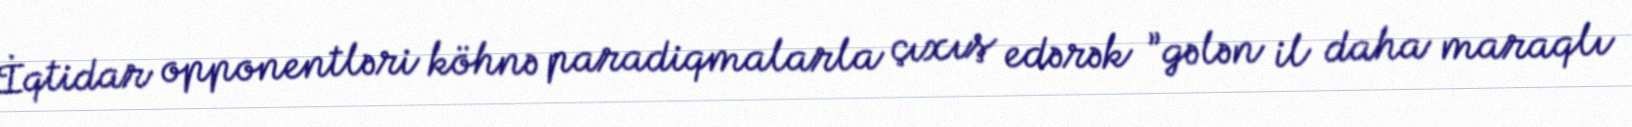
İqtidar opponentləri köhnə paradiqmalarla çıxış edərək ”gələn il daha maraqlı